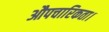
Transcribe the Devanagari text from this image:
औपचारिकता।